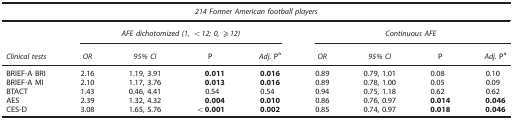
<table><thead><tr><td colspan="9"><b><i>214 Former American football players</i></b></td></tr><tr><td>[EMPTY_CELL]</td><td colspan="4"><b><i>AFE dichotomized (1, &lt;12; 0</i>, ⩾<i>12)</i></b></td><td colspan="4"><b><i>Continuous AFE</i></b></td></tr><tr><td><b><i>Clinical tests</i></b></td><td><b><i>OR</i></b></td><td><b><i>95% CI</i></b></td><td><b>P</b></td><td><b><i>Adj</i>. Pa</b></td><td><b><i>OR</i></b></td><td><b><i>95% CI</i></b></td><td><b>P</b></td><td><b><i>Adj</i>. Pa</b></td></tr></thead><tbody><tr><td>BRIEF-A BRI</td><td>2.16</td><td>1.19, 3.91</td><td><b>0.011</b></td><td><b>0.016</b></td><td>0.89</td><td>0.79, 1.01</td><td>0.08</td><td>0.10</td></tr><tr><td>BRIEF-A MI</td><td>2.10</td><td>1.17, 3.76</td><td><b>0.013</b></td><td><b>0.016</b></td><td>0.89</td><td>0.78, 1.00</td><td>0.05</td><td>0.09</td></tr><tr><td>BTACT</td><td>1.43</td><td>0.46, 4.41</td><td>0.54</td><td>0.54</td><td>0.94</td><td>0.75, 1.18</td><td>0.62</td><td>0.62</td></tr><tr><td>AES</td><td>2.39</td><td>1.32, 4.32</td><td><b>0.004</b></td><td><b>0.010</b></td><td>0.86</td><td>0.76, 0.97</td><td><b>0.014</b></td><td><b>0.046</b></td></tr><tr><td>CES-D</td><td>3.08</td><td>1.65, 5.76</td><td><b>&lt;0.001</b></td><td><b>0.002</b></td><td>0.85</td><td>0.74, 0.97</td><td><b>0.018</b></td><td><b>0.046</b></td></tr></tbody></table>